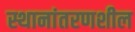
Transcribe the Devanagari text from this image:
स्थानांतरणशील